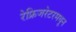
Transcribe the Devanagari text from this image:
रेफ्रिजरेटरमधून